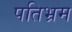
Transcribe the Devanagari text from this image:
पतिभ्रम